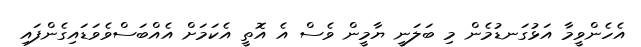
އެހެންވީމާ އަޅުގަނޑުމެން މި ބަލަނީ ޔާމީން ވެސް އެ އޮތީ އެކަމަށް އެއްބަސްވެވަޑައިގެންފައި